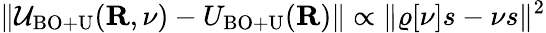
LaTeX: \| {\cal U}_{\mathrm{BO+U}}({\mathbf R},\nu)-U_{\mathrm{BO+U}}({\mathbf R})\| \propto\| \varrho[\nu]s-\nu s\| ^{2}